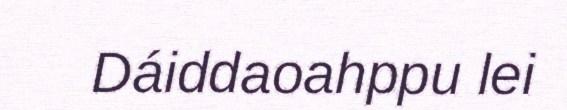
Dáiddaoahppu lei